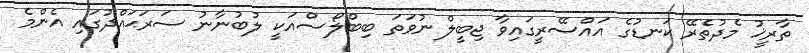
ތާރީޚު މެދުތެރޭ ކަނޑުގެ އައްސޭރީގައިވާ ޖިބީލް ނުވަތަ ބިބްލޯސްއަކީ ލުބުނާނު ސަރަޙައްދުގައި އެންމެ